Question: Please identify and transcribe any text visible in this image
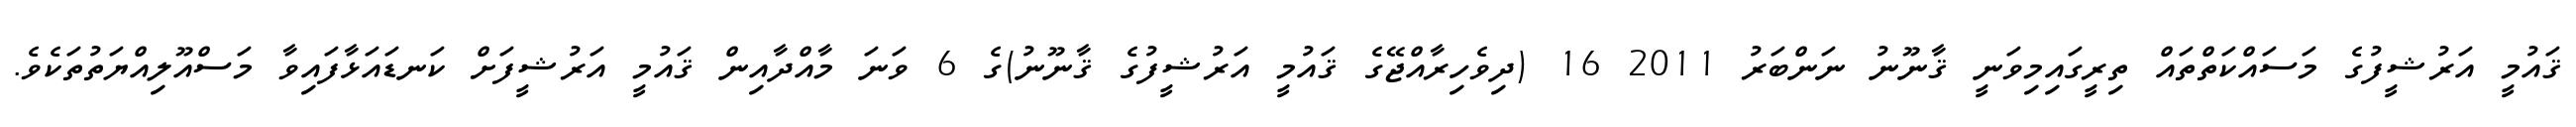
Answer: ޤައުމީ އަރުޝީފުގެ މަސައްކަތްތައް ތިރީގައިމިވަނީ ޤާނޫނު ނަންބަރު 2011 16 (ދިވެހިރާއްޖޭގެ ޤައުމީ އަރުޝީފުގެ ޤާނޫނު)ގެ 6 ވަނަ މާއްދާއިން ޤައުމީ އަރުޝީފަށް ކަނޑައަޅާފައިވާ މަސްއޫލިއްޔަތުތަކެވެ.